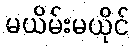
မယိမ်းမယိုင်